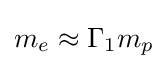
m_{e}\approx \Gamma _{1}m_{p}